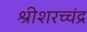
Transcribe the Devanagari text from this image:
श्रीशरच्चंद्र